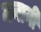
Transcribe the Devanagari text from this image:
मनानी